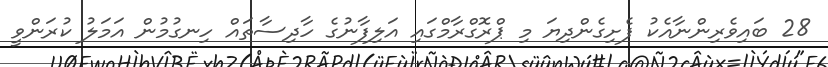
28 ބައިވެރިންނާއެކު ފެށިގެންދިޔަ މި ޕްރޮގްރާމްގައި އަލިފާނުގެ ހާދިސާތައް ހިނގުމުން އަމަލު ކުރަންވީ